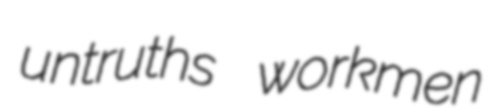
untruths workmen